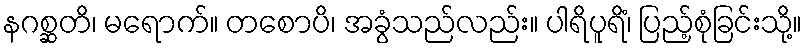
နဂစ္ဆတိ၊ မရောက်။ တစောပိ၊ အခွံသည်လည်း။ ပါရိပူရိံ၊ ပြည့်စုံခြင်းသို့။